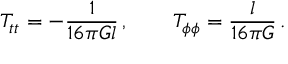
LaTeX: T _ { t t } = - \frac { 1 } { 1 6 \pi G l } \, , \qquad T _ { \phi \phi } = \frac { l } { 1 6 \pi G } \, .